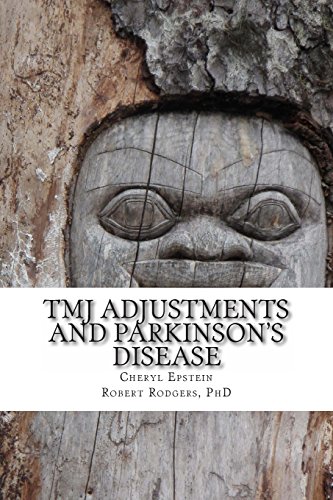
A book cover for TMJ Adjustments and Parkinson's Disease: Cheryl Tells Her Story; Cheryl Epstein; Medical Books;